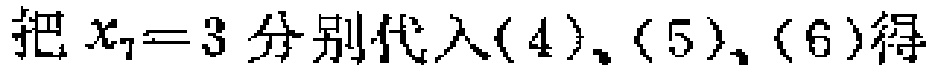
把 \(x_{7}=3\) 分别代入\((4)\)、\((5)\)、\((6)\)得